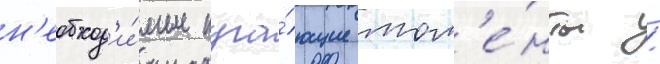
н'еобход'и́мые пуга́ющие мом'е́нты /